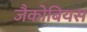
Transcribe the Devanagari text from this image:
जैकोबियस